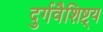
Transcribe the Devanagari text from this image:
दुर्गवैशिष्ट्य